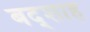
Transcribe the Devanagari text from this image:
बद्शाह